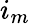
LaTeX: i_{m}